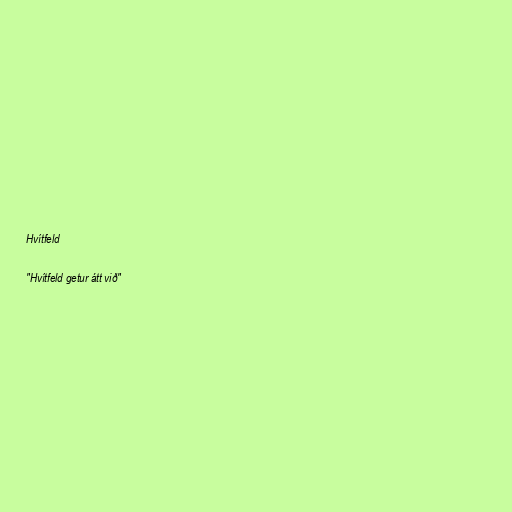
Hvítfeld

"Hvítfeld getur átt við"